Indian journal of veterinary science and animal husbandry - Volume 9,
Year: 1939
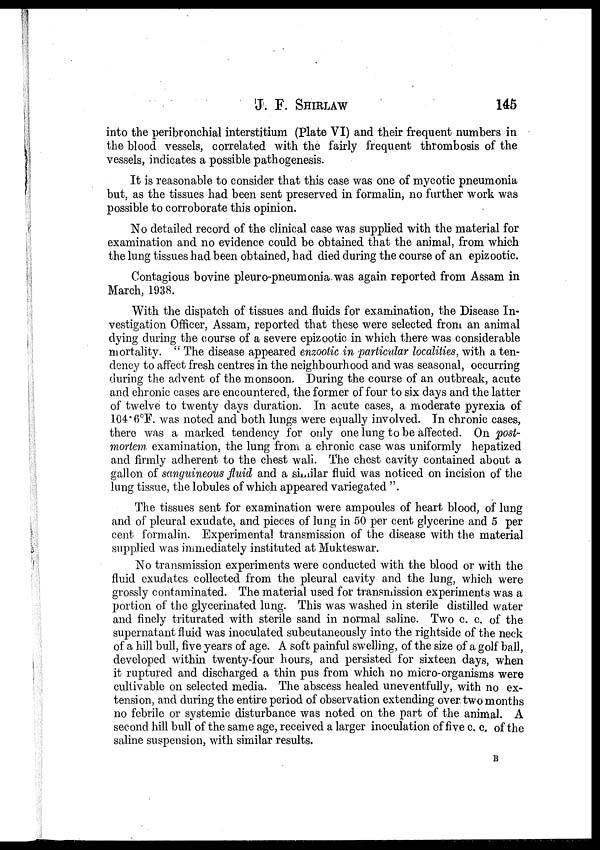
J. F.
SHIRLAW
145
into the peribronchial interstitium (Plate VI) and their frequent numbers in
the blood vessels, correlated with the fairly frequent thrombosis of the
vessels, indicates a possible pathogenesis.
It is reasonable to consider that this case was one of mycotic pneumonia
but, as the tissues had been sent preserved in formalin, no further work was
possible to corroborate this opinion.
No detailed record of the clinical case was supplied with the material for
examination and no evidence could be obtained that the animal, from which
the lung tissues had been obtained, had died during the course of an epizootic.
Contagious bovine pleuro-pneumonia was again reported from Assam in
March, 1938.
With the dispatch of tissues and fluids for examination, the Disease In-
vestigation Officer, Assam, reported that these were selected from an animal
dying during the course of a severe epizootic in which there was considerable
mortality. " The disease appeared enzootic in particular localities, with a ten-
dency to affect fresh centres in the neighbourhood and was seasonal, occurring
during the advent of the monsoon. During the course of an outbreak, acute
and chronic cases are encountered, the former of four to six days and the latter
of twelve to twenty days duration. In acute cases, a moderate pyrexia of
104. 6°F. was noted and both lungs were equally involved. In chronic cases,
there was a marked tendency for only one lung to be affected. On 'post-
mortem examination, the lung from a chronic case was uniformly hepatized
and firmly adherent to the chest wall. The chest cavity contained about a
gallon of sanguineous fluid and a similar fluid was noticed on incision of the
lung tissue, the lobules of which appeared variegated ".
The tissues sent for examination were ampoules of heart blood, of lung
and of pleural exudate, and pieces of lung in 50 per cent glycerine and 5 per
cent formalin. Experimental transmission of the disease with the material
supplied was immediately instituted at Mukteswar.
No transmission experiments were conducted with the blood or with the
fluid exudates collected from the pleural cavity and the lung, which were
grossly contaminated. The material used for transmission experiments was a
portion of the glycerinated lung. This was washed in sterile distilled water
and finely triturated with sterile sand in normal saline. Two c. c. of the
supernatant fluid was inoculated subcutaneously into the rightside of the neck
of a hill bull, five years of age. A soft painful swelling, of the size of a golf ball,
developed within twenty-four hours, and persisted for sixteen days, when
it ruptured and discharged a thin pus from which no micro-organisms were
cultivable on selected media. The abscess healed uneventfully, with no ex-
tension, and during the entire period of observation extending over two months
no febrile or systemic disturbance was noted on the part of the animal. A
second hill bull of the same age, received a larger inoculation of five c. c. of the
saline suspension, with similar results.
B